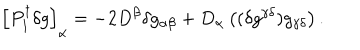
LaTeX: \left[ P _ { 1 } ^ { \dagger } \delta g \right] _ { \alpha } = - 2 D ^ { \beta } \delta g _ { \alpha \beta } + D _ { \alpha } \left( ( \delta g ^ { \gamma \delta } ) g _ { \gamma \delta } \right) .